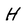
Character: H